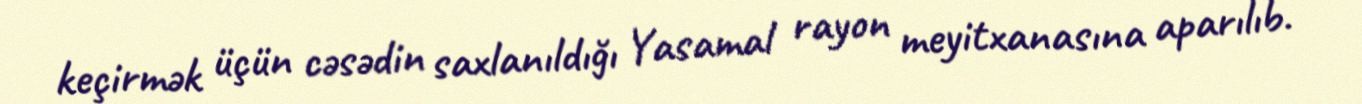
keçirmək üçün cəsədin saxlanıldığı Yasamal rayon meyitxanasına aparılıb.